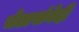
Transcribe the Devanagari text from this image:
चेतासंवेदी